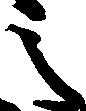
之